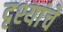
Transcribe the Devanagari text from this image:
दृश्यांचे